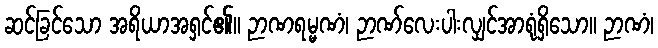
ဆင်ခြင်သော အရိယာအရှင်၏။ ဉာဏရမ္မဏံ၊ ဉာဏ်လေးပါးလျှင်အာရုံရှိသော။ ဉာဏံ၊